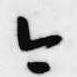
今